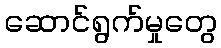
ဆောင်ရွက်မှုတွေ